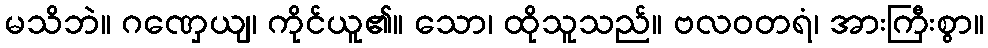
မသိဘဲ။ ဂဏှေယျ၊ ကိုင်ယူ၏။ သော၊ ထိုသူသည်။ ဗလဝတရံ၊ အားကြီးစွာ။